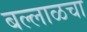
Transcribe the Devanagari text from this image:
बल्लाळचा